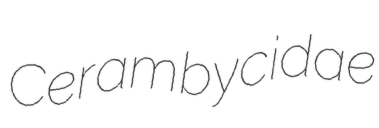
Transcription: Cerambycidae